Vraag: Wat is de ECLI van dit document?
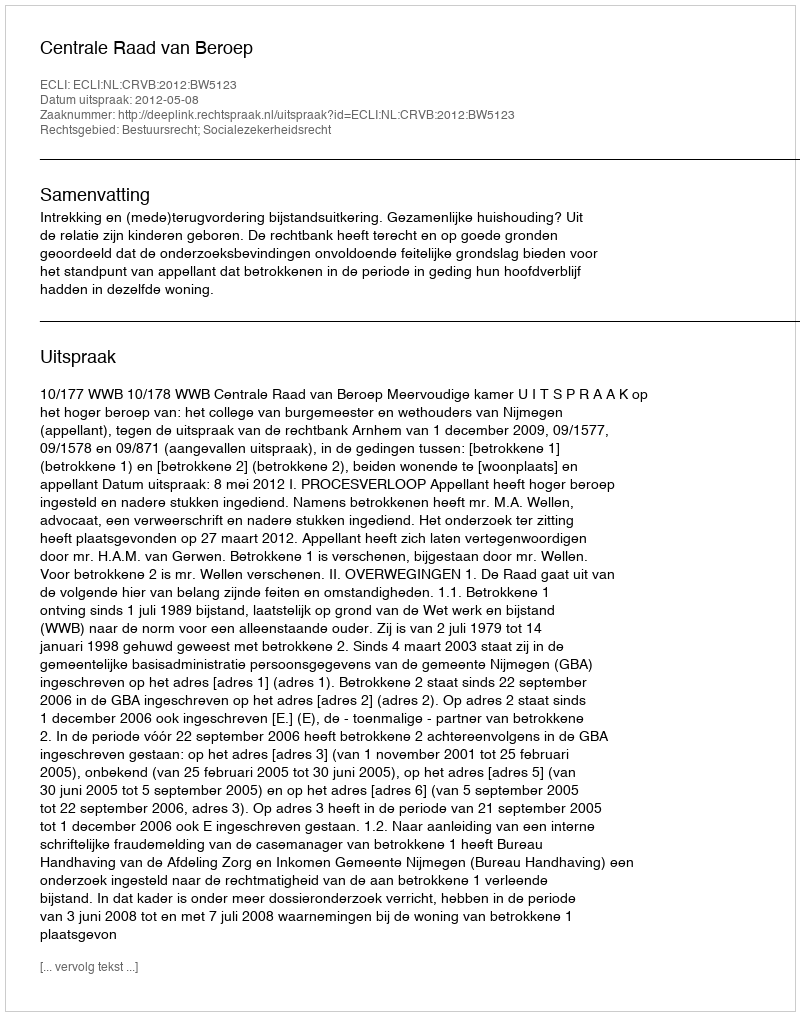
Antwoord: ECLI:NL:CRVB:2012:BW5123